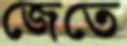
জেতে